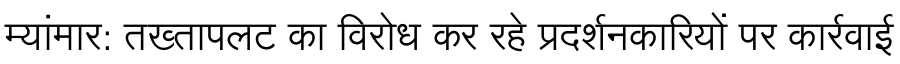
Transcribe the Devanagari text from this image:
म्यांमार: तख्तापलट का विरोध कर रहे प्रदर्शनकारियों पर कार्रवाई